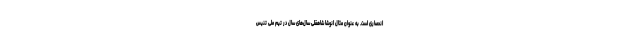
انحصاری است. به عنوان مثال انوشا شاهقلی سال‌های سال در تیم ملی تنیس